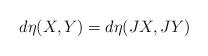
LaTeX: \begin{align*} d\eta(X,Y)=d\eta(JX,JY)\end{align*}